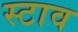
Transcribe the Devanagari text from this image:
स्टाव